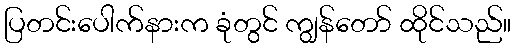
ပြတင်းပေါက်နားက ခုံတွင် ကျွန်တော် ထိုင်သည်။